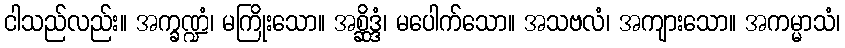
ငါသည်လည်း။ အက္ခဏ္ဍံ၊ မကြိုးသော။ အစ္ဆိဒ္ဒံ၊ မပေါက်သော။ အသဗလံ၊ အကျားသော။ အကမ္မာသံ၊